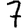
Digit: 7